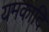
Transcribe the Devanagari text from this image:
यमकादि